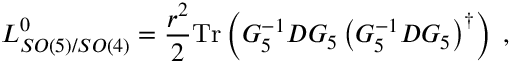
L _ { S O ( 5 ) / S O ( 4 ) } ^ { 0 } = \frac { { r } ^ { 2 } } { 2 } \mathrm { T r } \left( G _ { 5 } ^ { - 1 } D G _ { 5 } \left( G _ { 5 } ^ { - 1 } D G _ { 5 } \right) ^ { \dag } \right) \; ,